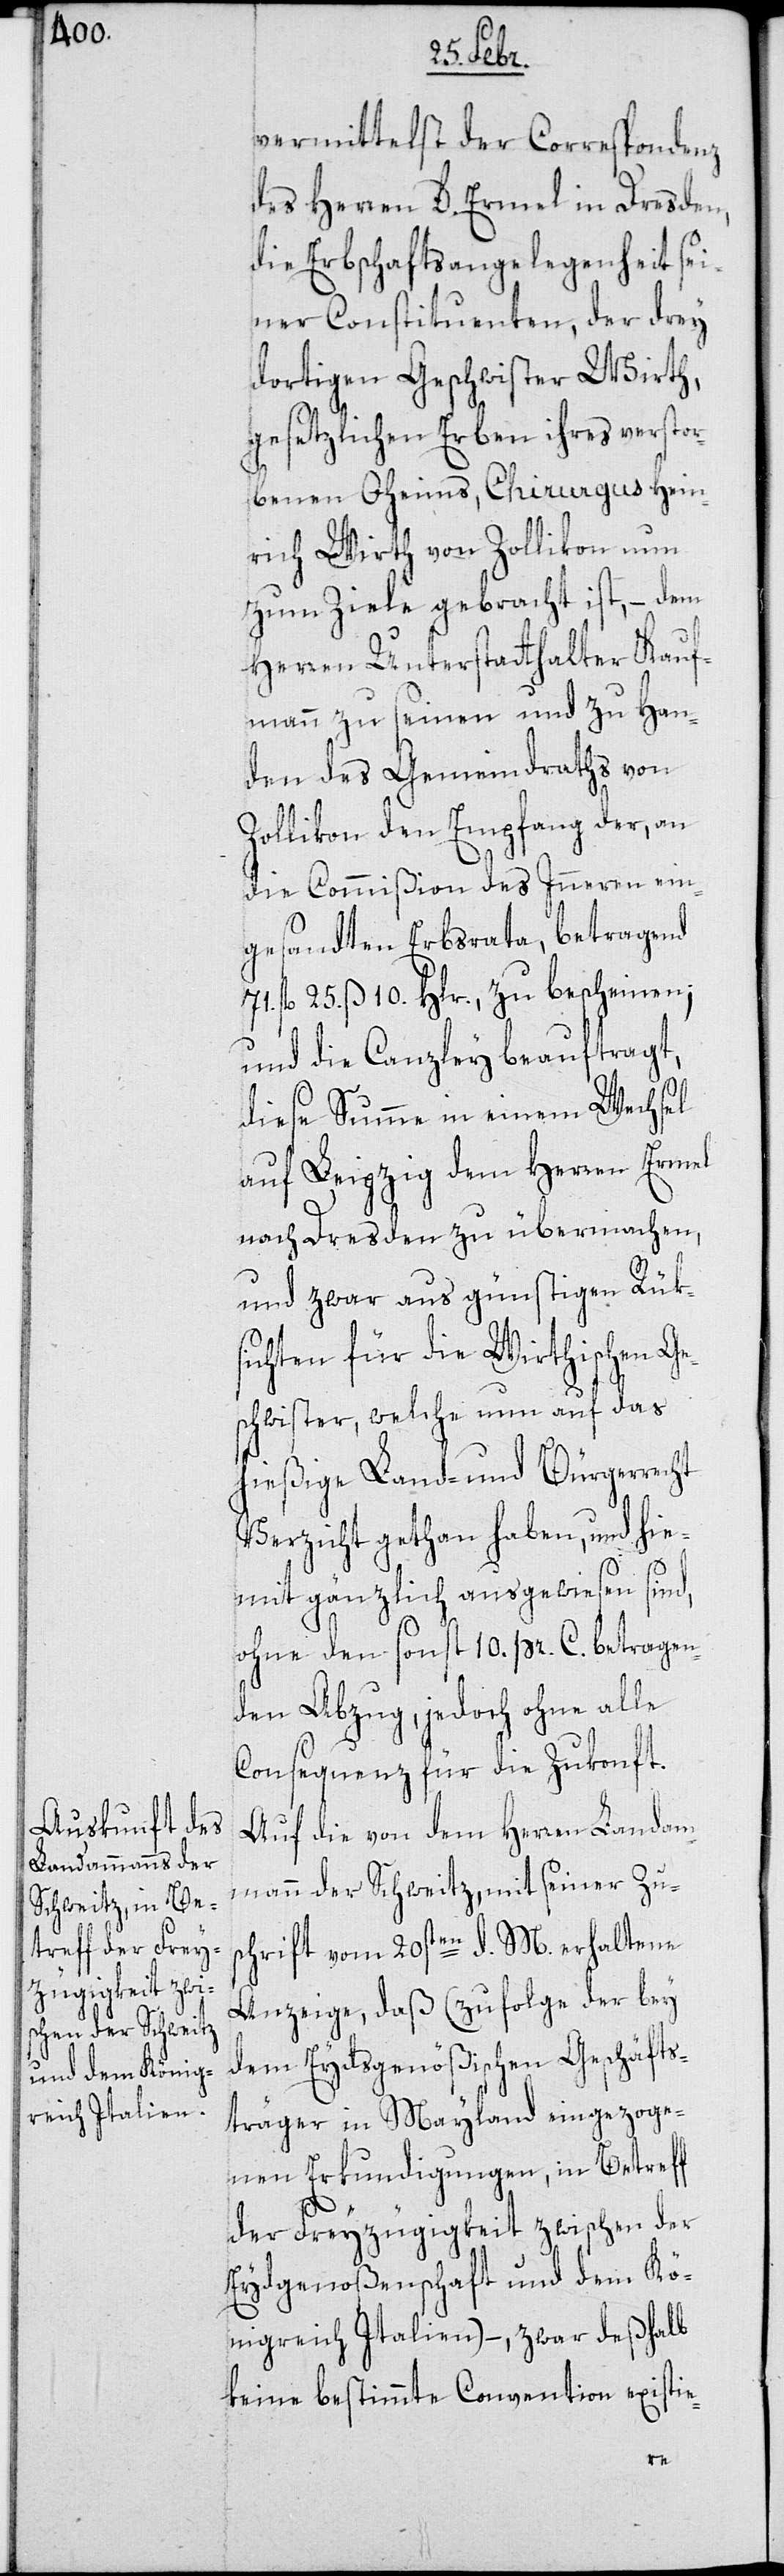
vermittelst der Correspondenz
des Herren D. Ermel in Dresden,
die Erbschaftsangelegenheit sei¬
ner Constituenten, der dery
dortigen Geschwister Wirth,
gesetzlichen Erben ihres verstor¬
benen Oheims, Chirurgus Hein¬
rich Wirth von Zollikon nun
zum Ziele gebracht ist, – dem
Herren Unterstatthalter Kauf¬
mann zu seinen und zu Han¬
den des Gemeindraths von
Zollikon den Empfang der, an
die Commißion des Inneren ein¬
gesandten Erbsrata, betragend
71. fl. 25. ß 10. Hlr. zu bescheinen;
und die Canzley beauftragt,
diese Summe in einem Wechsel
auf Leipzig dem Herren Ermel
nach Dresden zu übermachen,
und zwar aus günstigen Rük¬
sichten für die Wirthischen Ge¬
schwister, welche nun auf das
hießige Land- und Bürgerrecht
Verzicht gethan haben, und hie¬
mit gänzlich ausgewiesen sind,
ohne den sonst 10. pr. C. betragen¬
den Abzug, jedoch ohne alle
Consequenz für die Zukonft.
Auf die von dem Herren Landam¬
mann der Schweitz, mit seiner Zu¬
schrift vom 20sten d. M. erhaltene
Anzeige, daß (zufolge der bey
dem Eydsgenößischen Geschäfts¬
träger in Mayland eingezoge¬
nen Erkundigungen, in Betreff
der Freyzügigkeit zwischen der
Eydgenoßenschaft und dem Kö¬
nigreich Italien), – zwar deßhalb
keine bestimmte Convention existie-